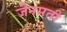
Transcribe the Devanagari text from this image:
जैनमती